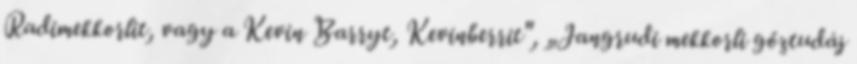
Radimekkorlit, vagy a Kevin Barryt, Kevinberrit", „Jangrudi mekkorli gőztudáj